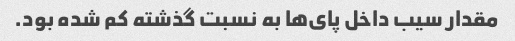
مقدار سیب داخل پای‌ها به نسبت گذشته کم شده بود.